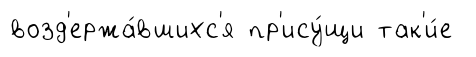
возд'ержа́вшихс'я пр'ису́щи так'и́е